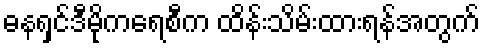
ဓနရှင်ဒီမိုကရေစီက ထိန်းသိမ်းထားရန်အတွက်